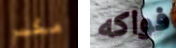
مكبر فواكه